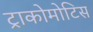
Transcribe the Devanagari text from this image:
ट्राकोमोटिस